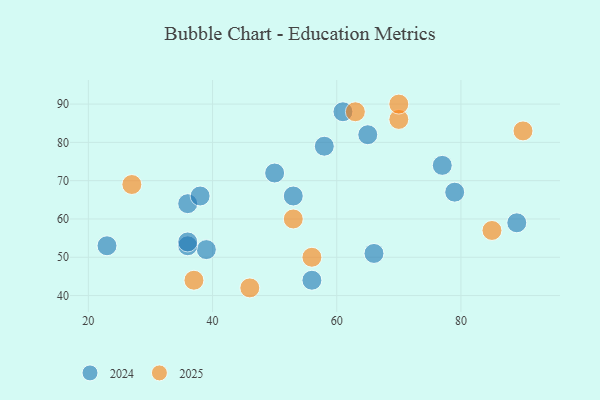
{"axis": {"x": "GDP", "y": "Life Expectancy"}, "legend": ["2024", "2025"], "data": [{"x": "63", "y": 88, "type": "2025"}, {"x": "46", "y": 42, "type": "2025"}, {"x": "70", "y": 86, "type": "2025"}, {"x": "37", "y": 44, "type": "2025"}, {"x": "56", "y": 50, "type": "2025"}, {"x": "53", "y": 60, "type": "2025"}, {"x": "27", "y": 69, "type": "2025"}, {"x": "90", "y": 83, "type": "2025"}, {"x": "70", "y": 90, "type": "2025"}, {"x": "85", "y": 57, "type": "2025"}, {"x": "36", "y": 64, "type": "2024"}, {"x": "56", "y": 44, "type": "2024"}, {"x": "58", "y": 79, "type": "2024"}, {"x": "77", "y": 74, "type": "2024"}, {"x": "89", "y": 59, "type": "2024"}, {"x": "38", "y": 66, "type": "2024"}, {"x": "23", "y": 53, "type": "2024"}, {"x": "50", "y": 72, "type": "2024"}, {"x": "79", "y": 67, "type": "2024"}, {"x": "66", "y": 51, "type": "2024"}, {"x": "39", "y": 52, "type": "2024"}, {"x": "53", "y": 66, "type": "2024"}, {"x": "65", "y": 82, "type": "2024"}, {"x": "36", "y": 53, "type": "2024"}, {"x": "36", "y": 54, "type": "2024"}, {"x": "61", "y": 88, "type": "2024"}]}